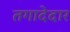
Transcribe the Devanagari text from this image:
तगादेदार